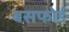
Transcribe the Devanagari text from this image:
बसफोर्ड